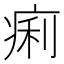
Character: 痢